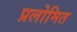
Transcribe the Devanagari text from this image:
प्रलोमित